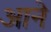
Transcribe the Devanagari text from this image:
अाने